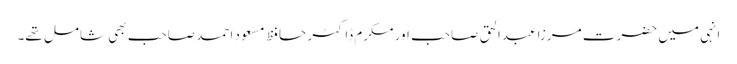
انہی میں حضرت مرزا عبدالحق صاحب اور مکرم ڈاکٹر حافظ مسعود احمد صاحب بھی شامل تھے۔